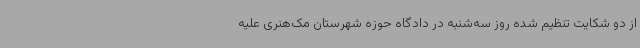
از دو شکایت تنظیم شده روز سه‌شنبه در دادگاه حوزه شهرستان مک‌هنری علیه